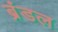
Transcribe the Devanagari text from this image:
ब्रंडल